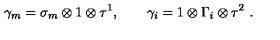
\gamma _ { m } = \sigma _ { m } \otimes 1 \otimes \tau ^ { 1 } , \qquad \gamma _ { i } = 1 \otimes \Gamma _ { i } \otimes \tau ^ { 2 } \ .